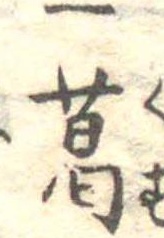
一葛